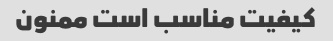
کیفیت مناسب است ممنون